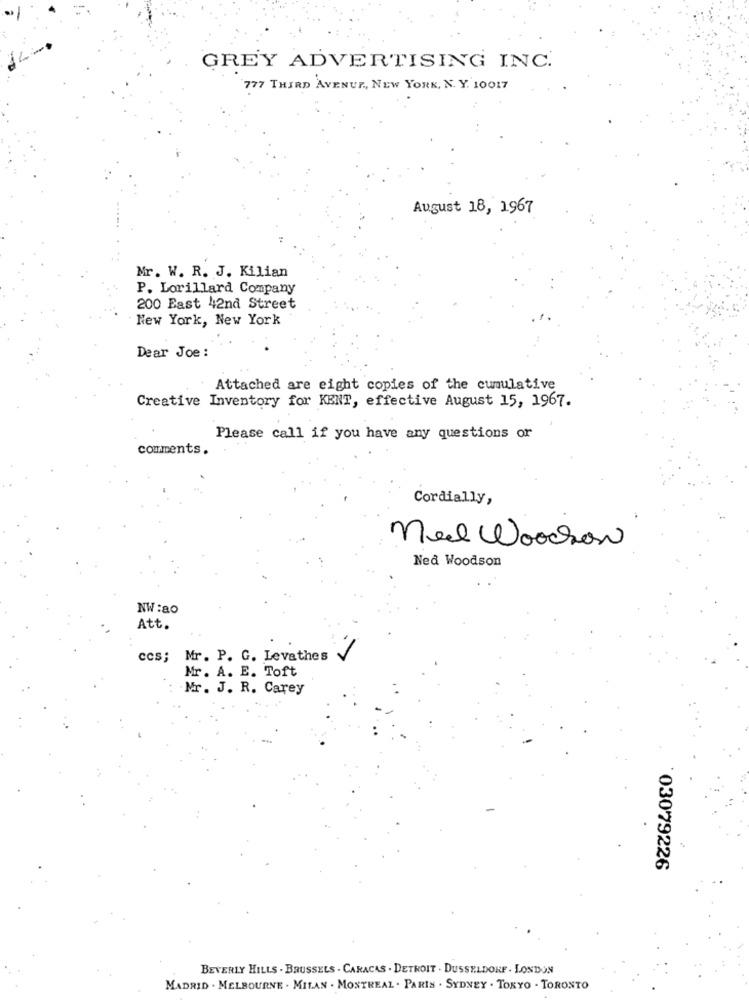
GREY ADVERTISING INC.
777 THIRD AVENUE ,, NEW YORK, N. Y. 10017
August 18, 1967
Mr. W. R. J. Kilian
P. Lorillard Company
200 East 42nd Street
New York, New York
Dear Joe :
Attached are eight copies of the cumulative
Creative Inventory for KENT, effective August 15, 1967.
Please call if you have any questions or
comments.
Cordially,
Med Woodhow
Ned Woodson
NW :80
Att.
ccs; Mr. P. G. Levathes
Mr. A. E. Toft
Mr. J. R. Carey
03079226
BEVERLY HILLS . BRUSSELS . CARACAS . DETROIT . DUSSELDORF . LONDON
MADRID . MELBOURNE . MILAN . MONTREAL . PARIS . SYDNEY . TOKYO - TORONTO